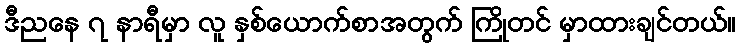
ဒီညနေ ၇ နာရီမှာ လူ နှစ်ယောက်စာအတွက် ကြိုတင် မှာထားချင်တယ်။